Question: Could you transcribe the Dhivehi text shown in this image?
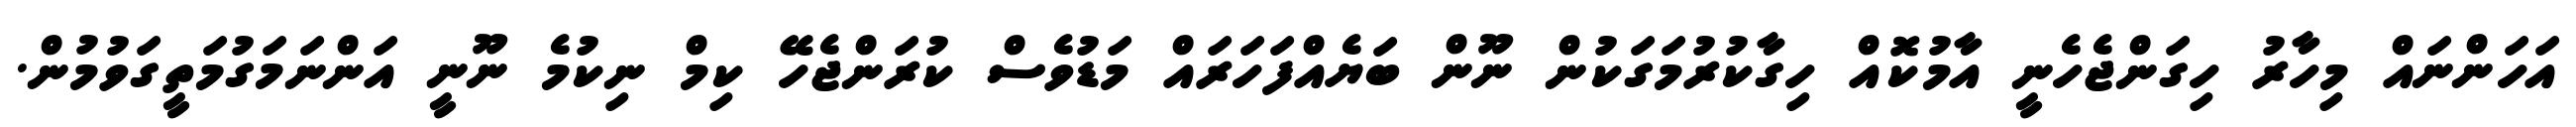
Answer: އަހަންނައް މިހާރު ހިގަންޖެހެނީ އާމުކޮއް ހިގާކުރުމަގަކުން ނޫން ބަޔެއްފަހަރައް މަޑުވެސް ކުރަންޖެހޭ ކިމް ނިކުމެ ނޫނީ އަންނަމަގުމަތީގަވުމުން.